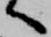
へ